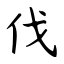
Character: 伐